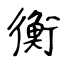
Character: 衡